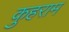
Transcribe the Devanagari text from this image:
कुहराम